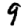
Digit: 9